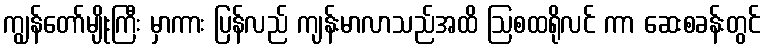
ကျွန်တော်မျိုးကြီး မှာကား ပြန်လည် ကျန်းမာလာသည်အထိ ဩစထရိုလင် ကာ ဆေးစခန်းတွင်